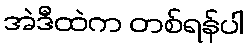
အဲဒီထဲက တစ်ရန်ပါ